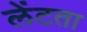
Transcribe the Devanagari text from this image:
लेंटता